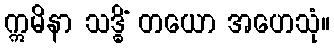
ဣမိနာ သဒ္ဓိံ တယော အဟေသုံ။